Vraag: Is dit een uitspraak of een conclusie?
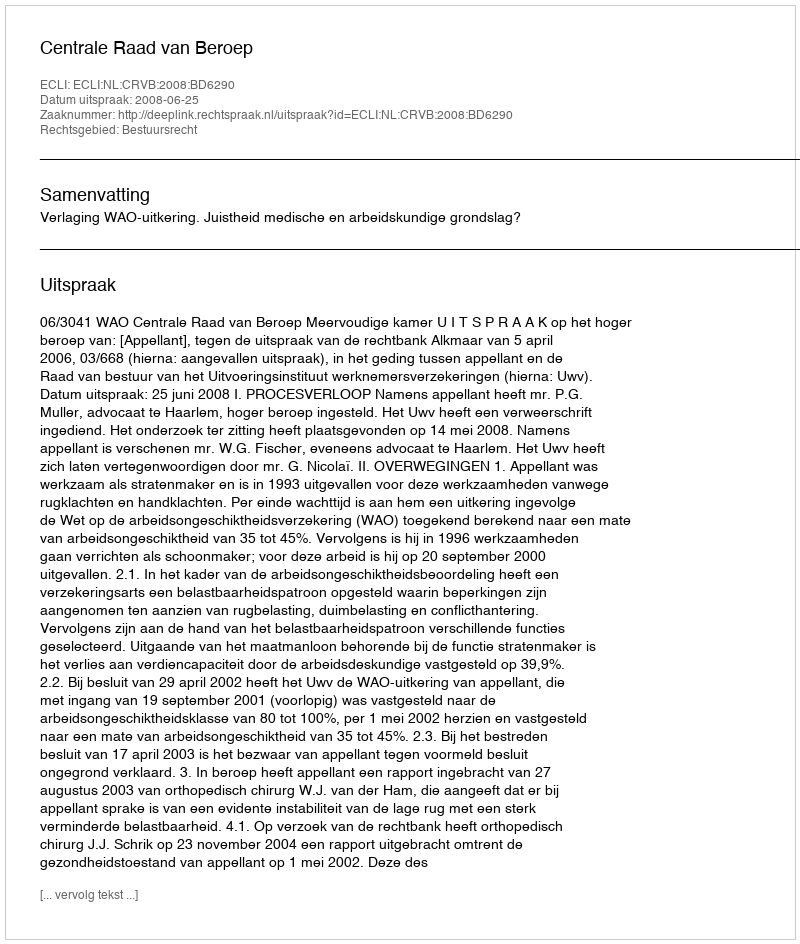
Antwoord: Uitspraak